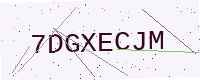
Text: 7DGXECJM